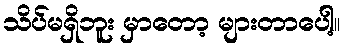
သိပ်မရှိဘူး မှာတော့ များတာပေါ့။